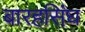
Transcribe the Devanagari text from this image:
बारहसिंघ